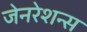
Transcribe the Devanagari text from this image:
जेनरेशन्स